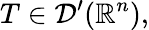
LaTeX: T\in{\mathcal{D}}^{\prime}(\mathbb{R}^{n}),